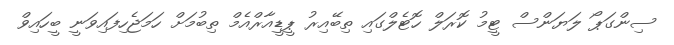
ސިންގަޕޯ ލަޔަންސް ޓީމު ކޮރަލް ހޮޓެލްގައި ތިބޭއިރު ޕީޑީއާރްއެމް ތިބުމަށް ހަމަޖެހިފައިވަނީ ބީހައިވް